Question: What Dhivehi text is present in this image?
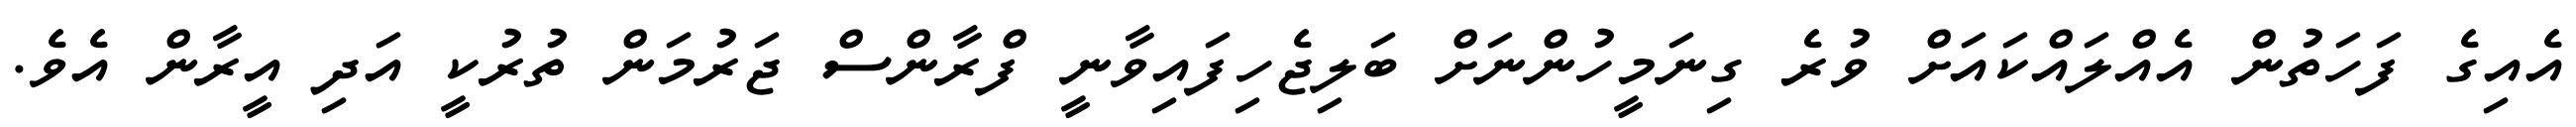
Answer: އެއިގެ ފަހަތުން އެއްލައްކައަށް ވުރެ ގިނަމީހުންނަށް ބަލިޖެހިފައިވާނީ ފްރާންސް ޖަރުމަން ތުރުކީ އަދި އީރާން އެވެ.